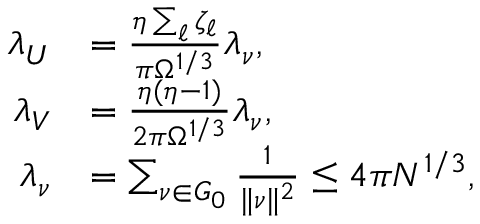
\begin{array} { r l } { \lambda _ { U } } & { = \frac { \eta \sum _ { \ell } \zeta _ { \ell } } { \pi \Omega ^ { 1 / 3 } } \lambda _ { \nu } , } \\ { \lambda _ { V } } & { = \frac { \eta ( \eta - 1 ) } { 2 \pi \Omega ^ { 1 / 3 } } \lambda _ { \nu } , } \\ { \lambda _ { \nu } } & { = \sum _ { \nu \in G _ { 0 } } \frac 1 { \| \nu \| ^ { 2 } } \le 4 \pi N ^ { 1 / 3 } , } \end{array}